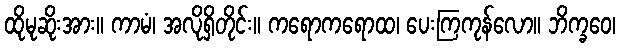
ထိုမုဆိုးအား။ ကာမံ၊ အလိုရှိတိုင်း။ ကရောကရောထ၊ ပေးကြကုန်လော။ ဘိက္ခဝေ၊